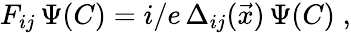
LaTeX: F_{ij}\, \Psi(C)=i/e\, \Delta_{ij}(\vec{x})\, \Psi(C)\; ,